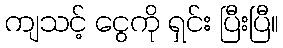
ကျသင့် ငွေကို ရှင်း ပြီးပြီ။